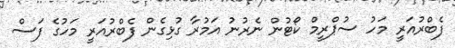
ފެބްރުއަރީ މަހު ސުޕްރީމް ކޯޓުން ނެރުނު އަމުރާ ގުޅިގެން ފެބްރުއަރީ މަހުގެ ފަސް